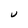
Character: U